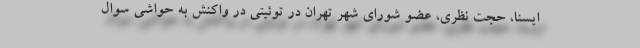
ایسنا، حجت نظری، عضو شورای شهر تهران در توئیتی در واکنش به حواشی سوال